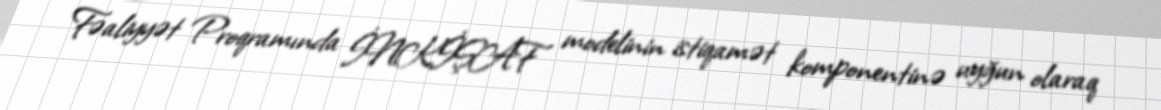
Fəaliyyət Proqramında İNKİŞAF modelinin istiqamət komponentinə uyğun olaraq